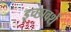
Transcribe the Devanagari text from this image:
इच्छावशें